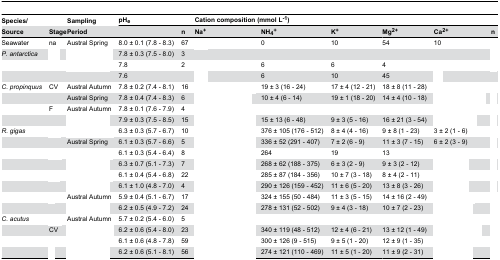
<table><thead><tr><td><b>Species/</b></td><td>[EMPTY_CELL]</td><td><b>Sampling</b></td><td colspan="2"><b>pH<sub>e</sub></b></td><td colspan="6"><b>Cation composition (mmol L<sup>-1</sup>)</b></td></tr><tr><td><b>Source</b></td><td><b>Stage</b></td><td><b>Period</b></td><td>[EMPTY_CELL]</td><td><b>n</b></td><td><b>Na<sup>+</sup></b></td><td><b>NH<sub>4</sub><sup>+</sup></b></td><td><b>K<sup>+</sup></b></td><td><b>Mg<sup>2+</sup></b></td><td><b>Ca<sup>2+</sup></b></td><td><b>n</b></td></tr></thead><tbody><tr><td>Seawater</td><td> na</td><td>Austral Spring</td><td>8.0 ± 0.1 (7.8 - 8.3)</td><td>67</td><td>[EMPTY_CELL]</td><td>0</td><td>10</td><td>54</td><td>10</td><td>[EMPTY_CELL]</td></tr><tr><td><i>P. antarctica</i></td><td>[EMPTY_CELL]</td><td>[EMPTY_CELL]</td><td>7.8 ± 0.3 (7.5 - 8.0)</td><td>3</td><td>[EMPTY_CELL]</td><td>[EMPTY_CELL]</td><td>[EMPTY_CELL]</td><td>[EMPTY_CELL]</td><td>[EMPTY_CELL]</td><td>[EMPTY_CELL]</td></tr><tr><td>[EMPTY_CELL]</td><td>[EMPTY_CELL]</td><td>[EMPTY_CELL]</td><td>7.8</td><td>2</td><td>[EMPTY_CELL]</td><td>6</td><td>6</td><td>4</td><td>[EMPTY_CELL]</td><td>[EMPTY_CELL]</td></tr><tr><td>[EMPTY_CELL]</td><td>[EMPTY_CELL]</td><td>[EMPTY_CELL]</td><td>7.6</td><td>[EMPTY_CELL]</td><td>[EMPTY_CELL]</td><td>6</td><td>10</td><td>45</td><td>[EMPTY_CELL]</td><td>[EMPTY_CELL]</td></tr><tr><td><i>C. propinquus</i></td><td> CV</td><td>Austral Autumn</td><td>7.8 ± 0.2 (7.4 - 8.1)</td><td>16</td><td>[EMPTY_CELL]</td><td>19 ± 3 (16 - 24)</td><td>17 ± 4 (12 - 21)</td><td>18 ± 8 (11 - 28)</td><td>[EMPTY_CELL]</td><td>[EMPTY_CELL]</td></tr><tr><td>[EMPTY_CELL]</td><td>[EMPTY_CELL]</td><td>Austral Spring</td><td>7.8 ± 0.4 (7.4 - 8.3)</td><td>6</td><td>[EMPTY_CELL]</td><td>10 ± 4 (6 - 14)</td><td>19 ± 1 (18 - 20)</td><td>14 ± 4 (10 - 18)</td><td>[EMPTY_CELL]</td><td>[EMPTY_CELL]</td></tr><tr><td>[EMPTY_CELL]</td><td>F</td><td>Austral Autumn</td><td>7.8 ± 0.1 (7.6 - 7.9)</td><td>4</td><td>[EMPTY_CELL]</td><td>[EMPTY_CELL]</td><td>[EMPTY_CELL]</td><td>[EMPTY_CELL]</td><td>[EMPTY_CELL]</td><td>[EMPTY_CELL]</td></tr><tr><td>[EMPTY_CELL]</td><td>[EMPTY_CELL]</td><td>[EMPTY_CELL]</td><td>7.9 ± 0.3 (7.5 - 8.5)</td><td>15</td><td>[EMPTY_CELL]</td><td>15 ± 13 (6 - 48)</td><td>9 ± 3 (5 - 16)</td><td>16 ± 21 (3 - 54)</td><td>[EMPTY_CELL]</td><td>[EMPTY_CELL]</td></tr><tr><td><i>R. gigas</i></td><td>[EMPTY_CELL]</td><td>[EMPTY_CELL]</td><td>6.3 ± 0.3 (5.7 - 6.7)</td><td>10</td><td>[EMPTY_CELL]</td><td>376 ± 105 (176 - 512)</td><td>8 ± 4 (4 - 16)</td><td>9 ± 8 (1 - 23)</td><td>3 ± 2 (1 - 6)</td><td>[EMPTY_CELL]</td></tr><tr><td>[EMPTY_CELL]</td><td>[EMPTY_CELL]</td><td>Austral Spring</td><td>6.1 ± 0.3 (5.7 - 6.6)</td><td>5</td><td>[EMPTY_CELL]</td><td>336 ± 52 (291 - 407)</td><td>7 ± 2 (6 - 9)</td><td>11 ± 3 (7 - 15)</td><td>6 ± 2 (3 - 9)</td><td>[EMPTY_CELL]</td></tr><tr><td>[EMPTY_CELL]</td><td>[EMPTY_CELL]</td><td>[EMPTY_CELL]</td><td>6.1 ± 0.3 (5.4 - 6.4)</td><td>8</td><td>[EMPTY_CELL]</td><td>264</td><td>19</td><td>13</td><td>[EMPTY_CELL]</td><td>[EMPTY_CELL]</td></tr><tr><td>[EMPTY_CELL]</td><td>[EMPTY_CELL]</td><td>[EMPTY_CELL]</td><td>6.3 ± 0.7 (5.1 - 7.3)</td><td>7</td><td>[EMPTY_CELL]</td><td>268 ± 62 (188 - 375)</td><td>6 ± 3 (2 - 9)</td><td>9 ± 3 (2 - 12)</td><td>[EMPTY_CELL]</td><td>[EMPTY_CELL]</td></tr><tr><td>[EMPTY_CELL]</td><td>[EMPTY_CELL]</td><td>[EMPTY_CELL]</td><td>6.1 ± 0.4 (5.4 - 6.8) </td><td>22</td><td>[EMPTY_CELL]</td><td>285 ± 87 (184 - 356)</td><td>10 ± 7 (3 - 18)</td><td>8 ± 4 (2 - 11)</td><td>[EMPTY_CELL]</td><td>[EMPTY_CELL]</td></tr><tr><td>[EMPTY_CELL]</td><td>[EMPTY_CELL]</td><td>[EMPTY_CELL]</td><td>6.1 ± 1.0 (4.8 - 7.0)</td><td>4</td><td>[EMPTY_CELL]</td><td>290 ± 126 (159 - 452)</td><td>11 ± 6 (5 - 20)</td><td>13 ± 8 (3 - 26)</td><td>[EMPTY_CELL]</td><td>[EMPTY_CELL]</td></tr><tr><td>[EMPTY_CELL]</td><td>[EMPTY_CELL]</td><td>Austral Autumn</td><td>5.9 ± 0.4 (5.1 - 6.7)</td><td>17</td><td>[EMPTY_CELL]</td><td>324 ± 155 (50 - 484)</td><td>11 ± 3 (5 - 15)</td><td>14 ± 16 (2 - 49)</td><td>[EMPTY_CELL]</td><td>[EMPTY_CELL]</td></tr><tr><td>[EMPTY_CELL]</td><td>[EMPTY_CELL]</td><td>[EMPTY_CELL]</td><td>6.2 ± 0.5 (4.9 - 7.2)</td><td>24</td><td>[EMPTY_CELL]</td><td>278 ± 131 (52 - 502)</td><td>9 ± 4 (3 - 18)</td><td>10 ± 7 (2 - 23)</td><td>[EMPTY_CELL]</td><td>[EMPTY_CELL]</td></tr><tr><td><i>C. acutus</i></td><td>[EMPTY_CELL]</td><td>Austral Autumn</td><td>5.7 ± 0.2 (5.4 - 6.0)</td><td>5</td><td>[EMPTY_CELL]</td><td>[EMPTY_CELL]</td><td>[EMPTY_CELL]</td><td>[EMPTY_CELL]</td><td>[EMPTY_CELL]</td><td>[EMPTY_CELL]</td></tr><tr><td>[EMPTY_CELL]</td><td> CV</td><td>[EMPTY_CELL]</td><td>6.2 ± 0.6 (5.4 - 8.0)</td><td>23</td><td>[EMPTY_CELL]</td><td>340 ± 119 (48 - 512)</td><td>12 ± 4 (6 - 21)</td><td>13 ± 12 (1 - 49)</td><td>[EMPTY_CELL]</td><td>[EMPTY_CELL]</td></tr><tr><td>[EMPTY_CELL]</td><td>[EMPTY_CELL]</td><td>[EMPTY_CELL]</td><td>6.1 ± 0.6 (4.8 - 7.8)</td><td>59</td><td>[EMPTY_CELL]</td><td>300 ± 126 (9 - 515)</td><td>9 ± 5 (1 - 20)</td><td>12 ± 9 (1 - 35)</td><td>[EMPTY_CELL]</td><td>[EMPTY_CELL]</td></tr><tr><td>[EMPTY_CELL]</td><td>[EMPTY_CELL]</td><td>[EMPTY_CELL]</td><td>6.2 ± 0.6 (5.1 - 8.1)</td><td>56</td><td>[EMPTY_CELL]</td><td>274 ± 121 (110 - 469)</td><td>11 ± 5 (1 - 20)</td><td>11 ± 9 (2 - 31)</td><td>[EMPTY_CELL]</td><td>[EMPTY_CELL]</td></tr></tbody></table>